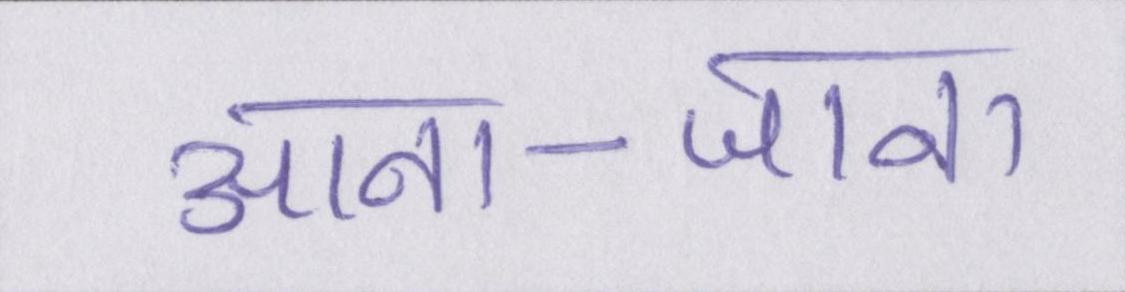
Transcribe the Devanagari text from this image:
आना-जाना